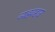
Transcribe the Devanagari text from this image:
व्यहवहार